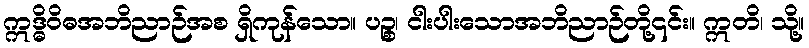
ဣဒ္ဓိဝိဓအဘိညာဉ်အစ ရှိကုန်သော။ ပဉ္စ၊ ငါးပါးသောအဘိညာဉ်တို့၎င်း။ ဣတိ၊ သို့။